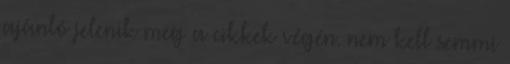
ajánló jelenik meg a cikkek végén. nem kell semmi